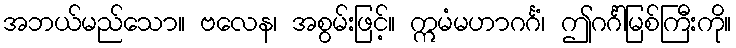
အဘယ်မည်သော။ ဗလေန၊ အစွမ်းဖြင့်။ ဣမံမဟာဂင်္ဂံ၊ ဤဂင်္ဂါမြစ်ကြီးကို။